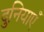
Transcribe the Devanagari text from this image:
दुनियाएँ